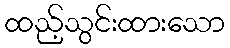
ထည့်သွင်းထားသော